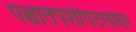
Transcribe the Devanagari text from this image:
पश्चातपेशीपटलावर